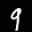
Label: 9